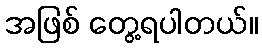
အဖြစ် တွေ့ရပါတယ်။